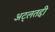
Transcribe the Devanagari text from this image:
अट्लतद्दी